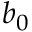
b _ { 0 }